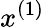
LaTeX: x^{(1)}